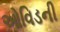
ઓવિડની